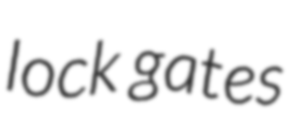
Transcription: lock gates